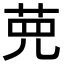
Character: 𦰋